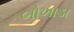
બોખાડા